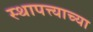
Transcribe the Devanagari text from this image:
स्थापत्त्याच्या